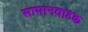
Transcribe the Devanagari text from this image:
सामानवाहक